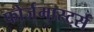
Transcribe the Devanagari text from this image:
फोर्जमास्टर्स